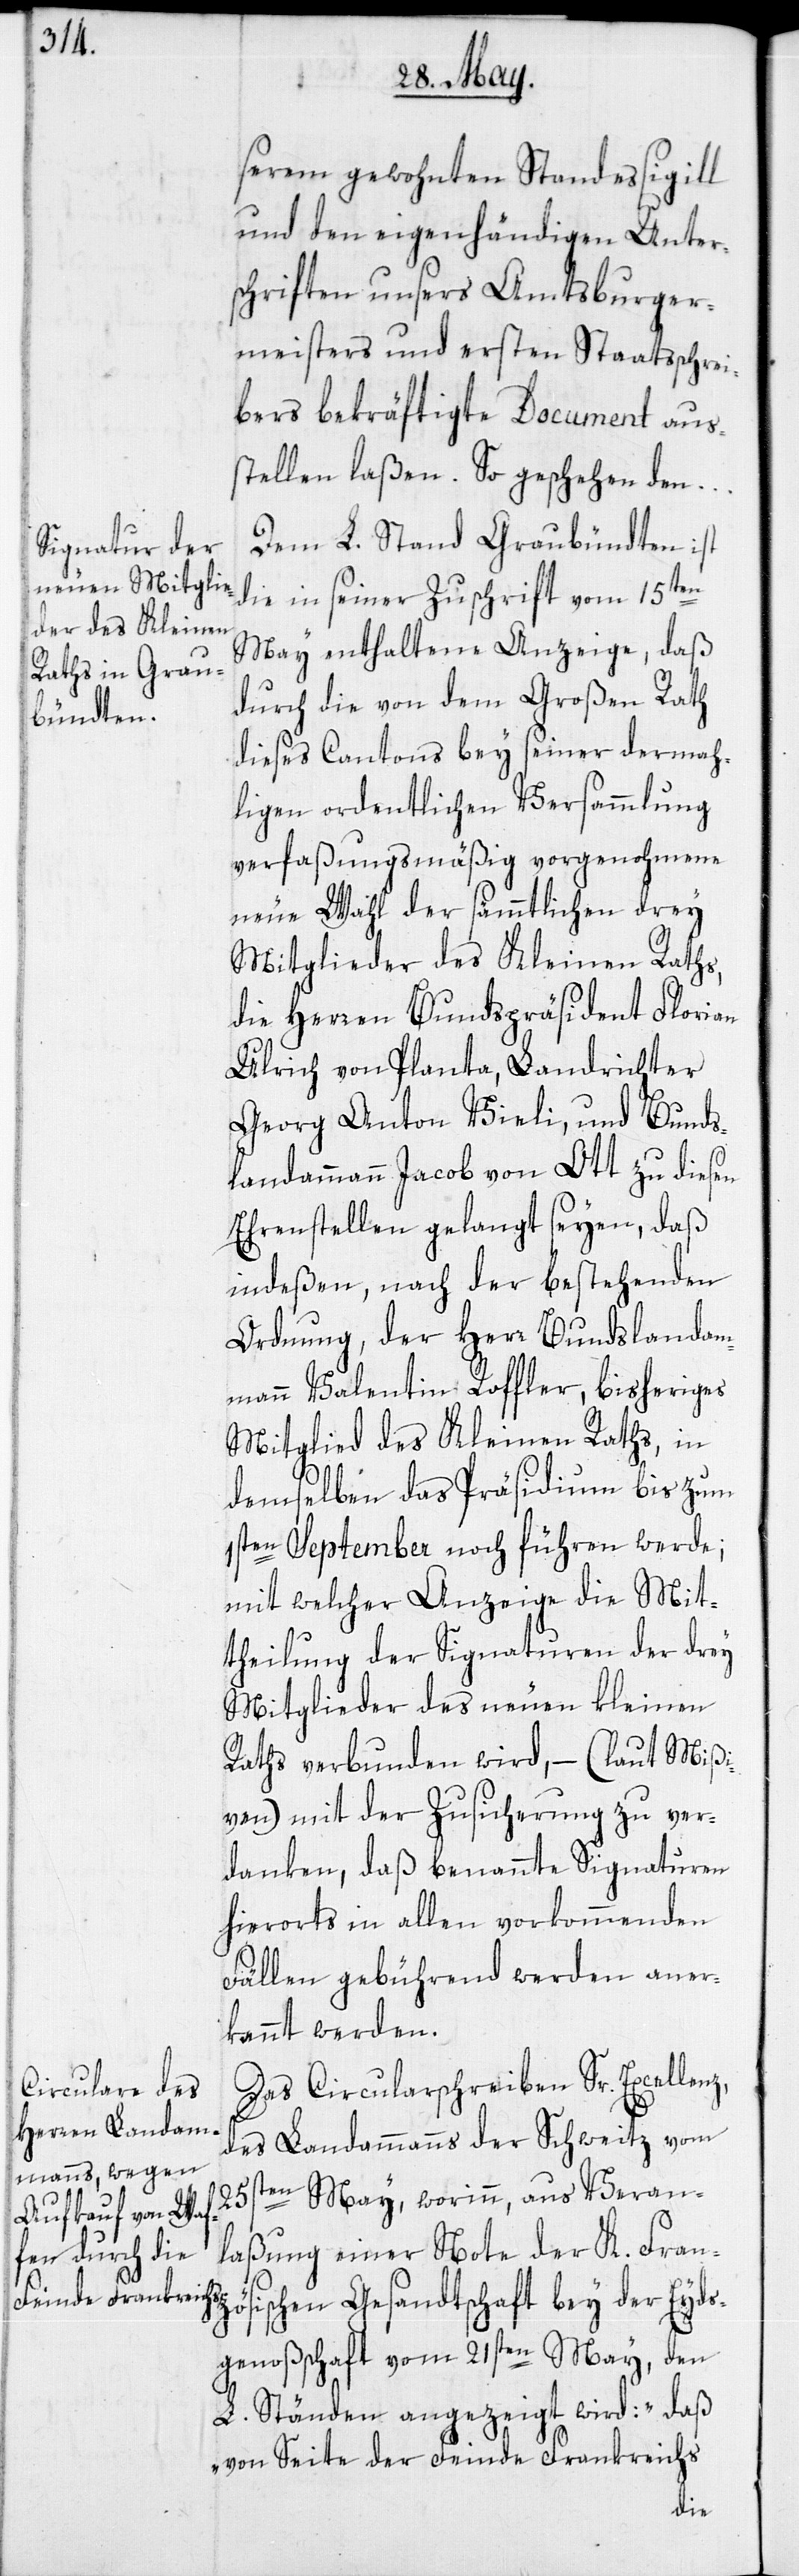
der Eyds¬
serem gewohnten Standessigill
und den eigenhändigen Unter¬
schriften unsers Amtsburger¬
meisters und ersten Staatsschrei¬
bers bekräftigte Document aus¬
stellen laßen. So geschehen den …
Dem L. Stand Graubündten ist
die in seiner Zuschrift vom 15ten
May enthaltene Anzeige, daß
durch die von dem Großen Rath
ösischen
dieses Cantons bey seiner dermah¬
ligen ordentlichen Versammlung
verfaßungsmäßig vorgenohmene
neue Wahl der sämmtlichen drey
Mitglieder des Kleinen Raths,
die Herren Bundespräsident Florian
Ulrich von Planta, Landrichter
Georg Anton Vieli, und Bunds¬
landammann Jacob von Ott zu diesen
Ehrenstellen gelangt seyen, daß
indeßen, nach der bestehenden
Ordnung, der Herr Bundeslandam¬
mann Valentin Roffler, bisheriges
Mitglied des Kleinen Raths, in
demselben das Präsidium bis zum
1sten September noch führen werde;
mit welcher Anzeige die Mit¬
theilung der Signaturen der drey
Mitglieder des neuen kleinen
Raths verbunden wird, – (laut Mißi¬
ven) mit der Zusicherung zu ver¬
danken, daß benannte Signaturen
hierorts in allen vorkommenden
Fällen gebührend werden aner¬
kannt werden.
Das Circularschreiben Sr. Excellenz,
des Landammanns der Schweitz vom
25sten May, worinn, aus Veran¬
laßung einer Note der K. Franz¬
genoßschaft vom 21sten May, den
L. Ständen angezeigt wird: „Daß
von Seite der Feinde Frankreichs